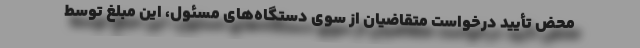
محض تأیید درخواست متقاضیان از سوی دستگاه‌های مسئول، این مبلغ توسط